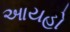
આયહો